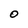
Character: O